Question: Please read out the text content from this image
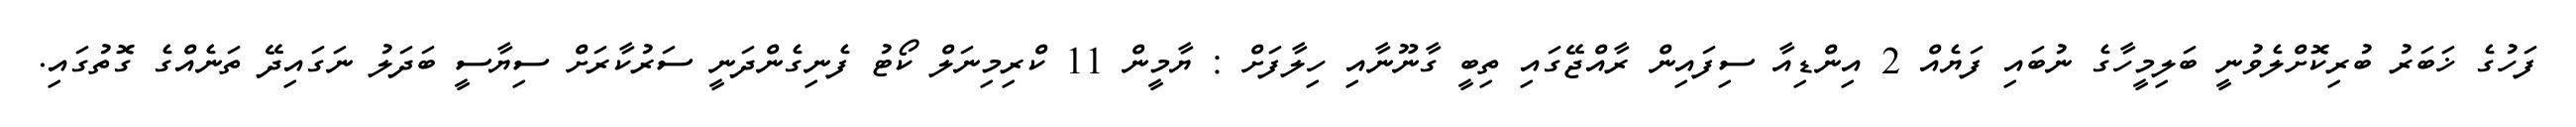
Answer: ފަހުގެ ޚަބަރު ބުރިކޮށްލެވުނީ ބަލިމީހާގެ ނުބައި ފަޔެއް 2 އިންޑިއާ ސިފައިން ރާއްޖޭގައި ތިބީ ގާނޫނާއި ހިލާފަށް : ޔާމީން 11 ކްރިމިނަލް ކޯޓު ފެނިގެންދަނީ ސަރުކާރަށް ސިޔާސީ ބަދަލު ނަގައިދޭ ތަނެއްގެ ގޮތުގައި.